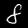
Digit: 8